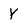
Character: Y